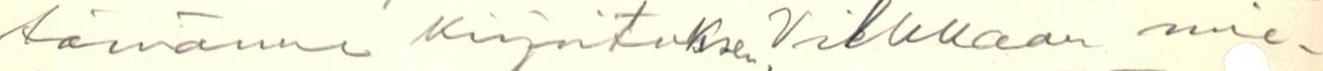
tämänne kirjoituksen. Vilkkaan mie-